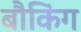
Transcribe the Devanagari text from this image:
बौकिंग